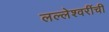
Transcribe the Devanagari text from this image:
लल्लेश्वरींची